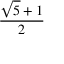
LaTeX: \frac { { \sqrt { 5 } } + 1 } { 2 }